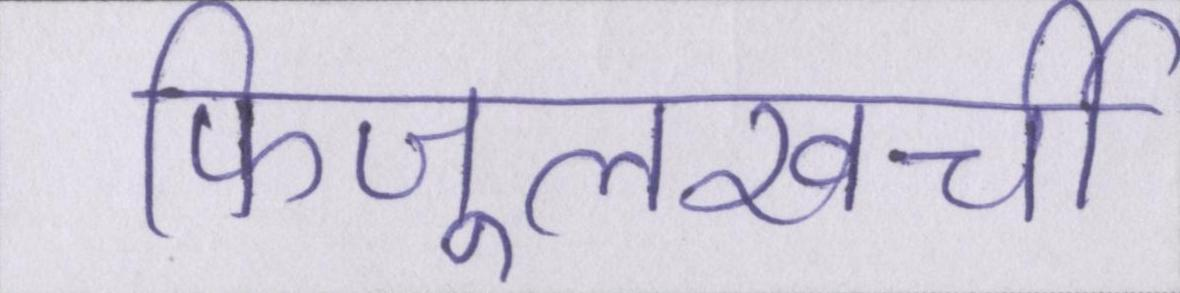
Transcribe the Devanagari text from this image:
फिजूलखर्ची